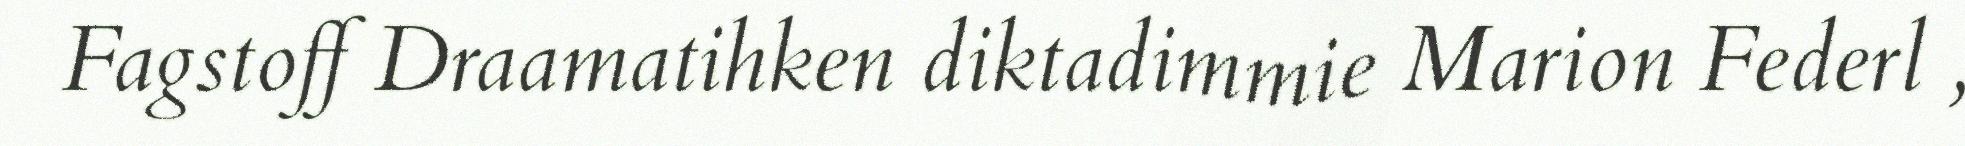
Fagstoff Draamatihken diktadimmie Marion Federl ,